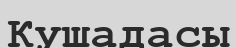
Кушадасы